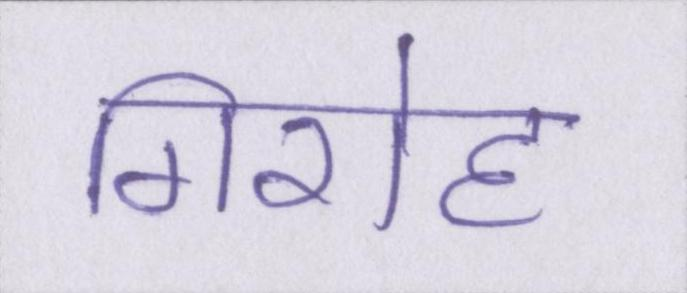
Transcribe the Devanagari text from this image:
गिरोह